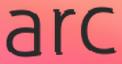
arc